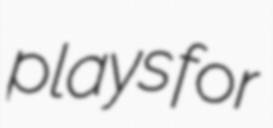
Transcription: plays for